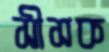
সীসক